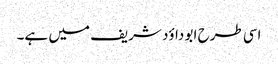
اسی طرح ابو داؤد شریف میں ہے۔